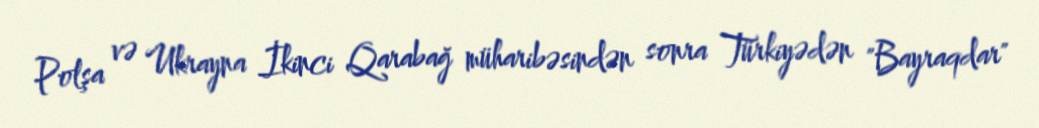
Polşa və Ukrayna İkinci Qarabağ müharibəsindən sonra Türkiyədən "Bayraqdar"